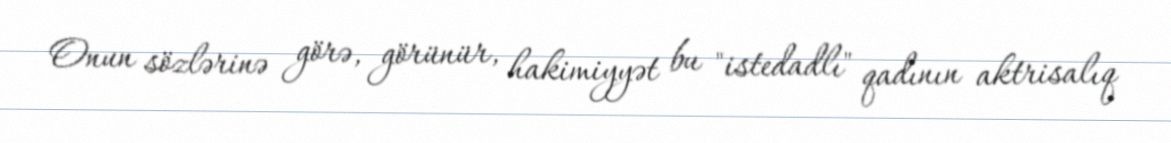
Onun sözlərinə görə, görünür, hakimiyyət bu "istedadlı" qadının aktrisalıq